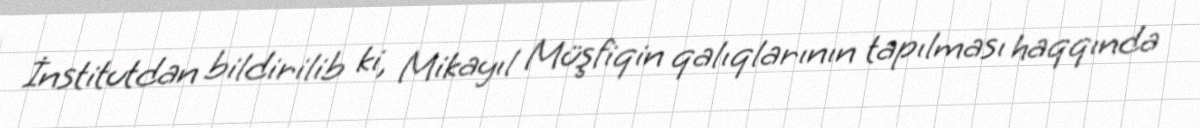
İnstitutdan bildirilib ki, Mikayıl Müşfiqin qalıqlarının tapılması haqqında